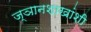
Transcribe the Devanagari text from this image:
ज्ञानशाखांशी